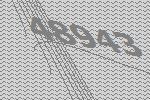
48943